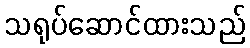
သရုပ်ဆောင်ထားသည်